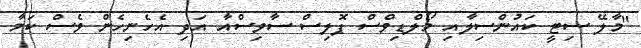
"މާލޭ ސިޓީ ކައުންސިލާއި މޯލްޑިވްސް ޕޮލިސް ސާވިސްއާ އަދި އެހެނިހެން ވެސް ކަމާ